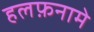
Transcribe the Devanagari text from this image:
हलफ़नामे